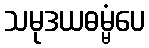
သမုဒယဓမ္မံပေ